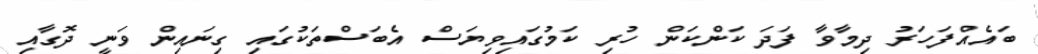
ބައެއްފަހަރު ދިމާވާ ފަދަ ކަންކަން ހުރި ކަމުގައިވިޔަސް އެބަސްތަކުގައި ގިނައިން ވަނީ ދޮގާއި